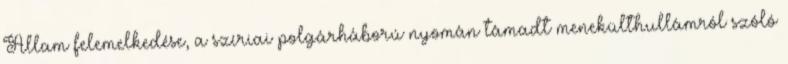
Állam felemelkedése, a szíriai polgárháború nyomán támadt menekülthullámról szóló